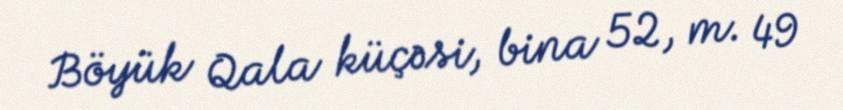
Böyük Qala küçəsi, bina 52, m. 49